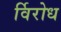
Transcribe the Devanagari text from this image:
र्विरोध